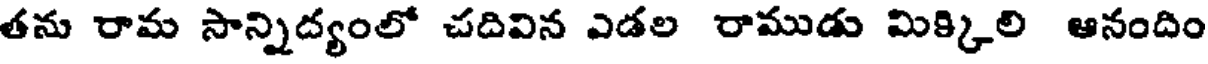
తను రామ సాన్నిద్యంలో చదివిన ఎడల రాముడు మిక్కిలి ఆనందిం